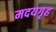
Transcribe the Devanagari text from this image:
मदयगृह